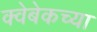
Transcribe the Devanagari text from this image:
क्वेबेकच्या